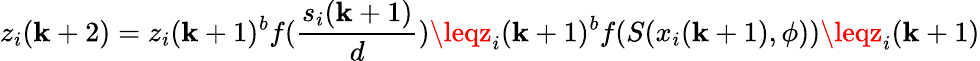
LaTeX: z_{i}(\mathbf{k}+2)=z_{i}(\mathbf{k}+1)^{b}f(\frac{{s_{i}(\mathbf{k}+1)}}{{d}})\leqz_{i}(\mathbf{k}+1)^{b}f(S(x_{i}(\mathbf{k}+1),\phi))\leqz_{i}(\mathbf{k}+1)